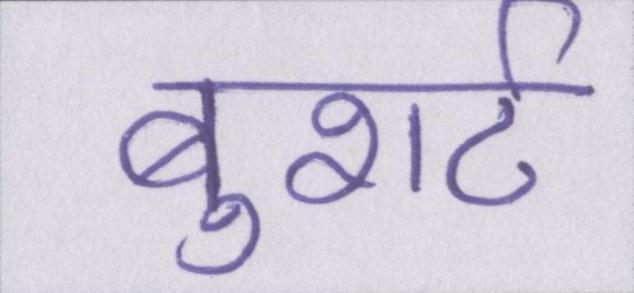
बुशर्ट